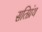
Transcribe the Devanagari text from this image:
सतिग्रंथ